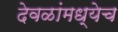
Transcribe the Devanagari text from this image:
देवळांमध्येच